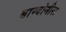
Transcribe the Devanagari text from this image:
बाम्बोनीरा